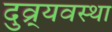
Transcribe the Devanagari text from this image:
दुव्र्यवस्था